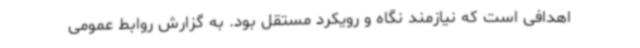
اهدافی است که نیازمند نگاه و رویکرد مستقل بود. به گزارش روابط عمومی